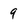
Character: 9